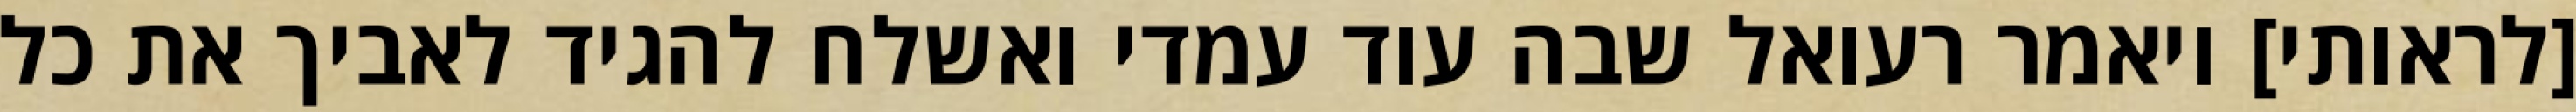
[לראותי] ויאמר רעואל שבה עוד עמדי ואשלח להגיד לאביך את כל